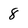
Character: 8